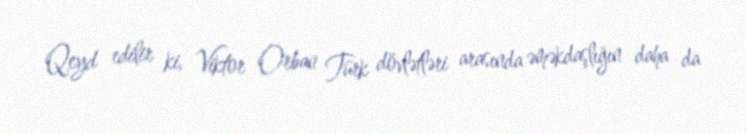
Qeyd edilir ki, Viktor Orban Türk dövlətləri arasında əməkdaşlığın daha da